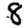
Digit: 8